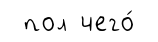
пол чего́